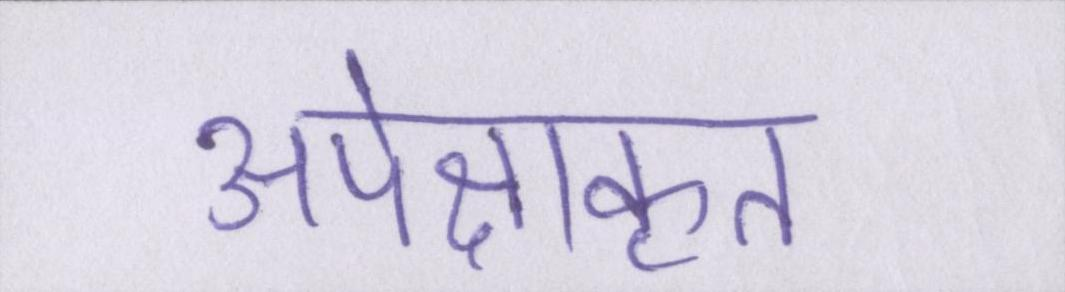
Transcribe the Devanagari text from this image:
अपेक्षाकृत